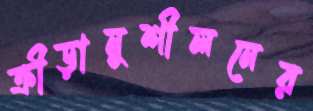
ক্রীড়ানুশীলনের